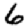
Digit: 6